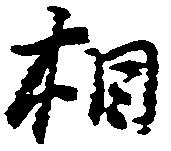
相